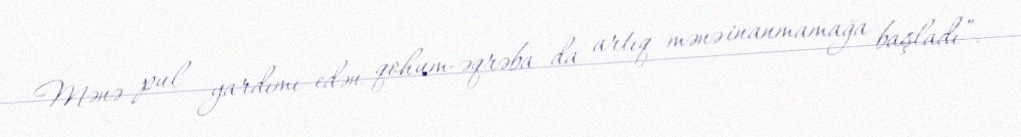
Mənə pul yardımı edən qohum-əqrəba da artıq mənə inanmamağa başladı”.